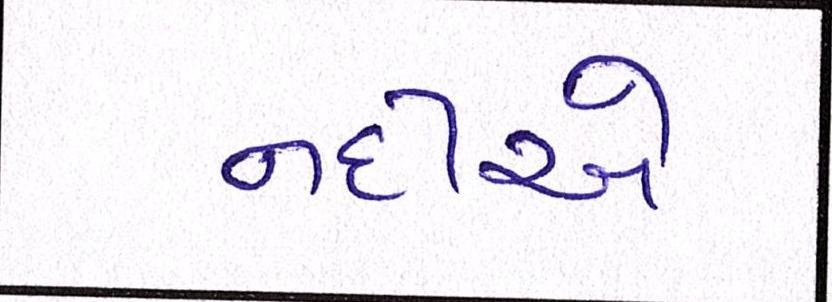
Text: નદીએ